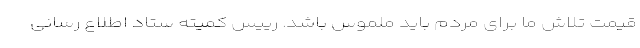
قیمت تلاش ما برای مردم باید ملموس باشد. رییس کمیته ستاد اطلاع رسانی